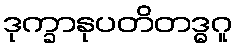
ဒုက္ခာနုပတိတဒ္ဓဂူ